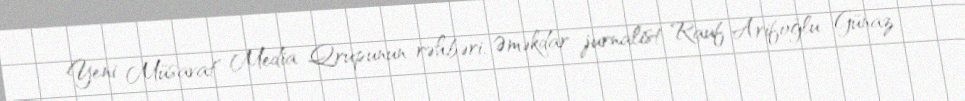
Yeni Müsavat" Media Qrupunun rəhbəri, Əməkdar jurnalist Rauf Arifoğlu Günaz